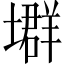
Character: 𡑱